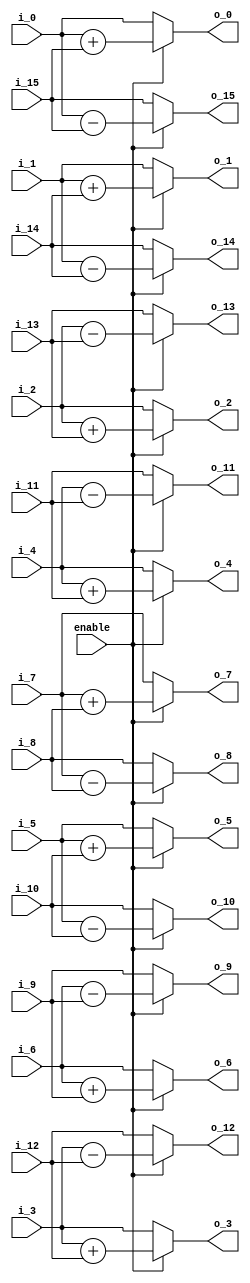
module butterfly3_16(
             enable,
                i_0,
                i_1,
                i_2,
                i_3,
                i_4,
                i_5,
                i_6,
                i_7,
                i_8,
                i_9,
                i_10,
                i_11,
                i_12,
                i_13,
                i_14,
                i_15,
                
                 o_0,
                 o_1,
                 o_2,
                 o_3,
                 o_4,
                 o_5,
                 o_6,
                 o_7,
                 o_8 ,
                 o_9 ,
                 o_10,
                 o_11,
                 o_12,
                 o_13,
                 o_14,
                 o_15            
);

// ****************************************************************
//
//	INPUT / OUTPUT DECLARATION
//
// ****************************************************************                

input             enable;
input signed  [27:0] i_0;
input signed  [27:0] i_1;
input signed  [27:0] i_2;
input signed  [27:0] i_3;
input signed  [27:0] i_4;
input signed  [27:0] i_5;
input signed  [27:0] i_6;
input signed  [27:0] i_7;
input signed  [27:0] i_8;
input signed  [27:0] i_9;
input signed  [27:0] i_10;
input signed  [27:0] i_11;
input signed  [27:0] i_12;
input signed  [27:0] i_13;
input signed  [27:0] i_14;
input signed  [27:0] i_15;


output  signed [27:0] o_0 ;
output  signed [27:0] o_1 ;
output  signed [27:0] o_2 ;
output  signed [27:0] o_3 ;
output  signed [27:0] o_4 ;
output  signed [27:0] o_5 ;
output  signed [27:0] o_6 ;
output  signed [27:0] o_7 ;
output  signed [27:0] o_8 ;
output  signed [27:0] o_9 ;
output  signed [27:0] o_10;
output  signed [27:0] o_11;
output  signed [27:0] o_12;
output  signed [27:0] o_13;
output  signed [27:0] o_14;
output  signed [27:0] o_15;


// ****************************************************************
//
//	WIRE DECLARATION
//
// ****************************************************************

wire  signed [27:0]   b_0;
wire  signed [27:0]   b_1;
wire  signed [27:0]   b_2;
wire  signed [27:0]   b_3;
wire  signed [27:0]   b_4;
wire  signed [27:0]   b_5;
wire  signed [27:0]   b_6;
wire  signed [27:0]   b_7;
wire  signed [27:0]   b_8;
wire  signed [27:0]   b_9;
wire  signed [27:0]   b_10;
wire  signed [27:0]   b_11;
wire  signed [27:0]   b_12;
wire  signed [27:0]   b_13;
wire  signed [27:0]   b_14;
wire  signed [27:0]   b_15;

// ********************************************
//                                             
//    Combinational Logic                      
//                                             
// ********************************************

assign b_0=i_0+i_15;
assign b_1=i_1+i_14;
assign b_2=i_2+i_13;
assign b_3=i_3+i_12;
assign b_4=i_4+i_11;
assign b_5=i_5+i_10;
assign b_6=i_6+i_9;
assign b_7=i_7+i_8;
assign b_8=i_7-i_8;               
assign b_9=i_6-i_9;
assign b_10=i_5-i_10;               
assign b_11=i_4-i_11;
assign b_12=i_3-i_12;               
assign b_13=i_2-i_13;
assign b_14=i_1-i_14;               
assign b_15=i_0-i_15;

assign o_0=enable?b_0:i_0;
assign o_1=enable?b_1:i_1;
assign o_2=enable?b_2:i_2;
assign o_3=enable?b_3:i_3;
assign o_4=enable?b_4:i_4;
assign o_5=enable?b_5:i_5;
assign o_6=enable?b_6:i_6;
assign o_7=enable?b_7:i_7;
assign o_8=enable?b_8:i_8;
assign o_9=enable?b_9:i_9;
assign o_10=enable?b_10:i_10;
assign o_11=enable?b_11:i_11;
assign o_12=enable?b_12:i_12;
assign o_13=enable?b_13:i_13;
assign o_14=enable?b_14:i_14;
assign o_15=enable?b_15:i_15;

endmodule